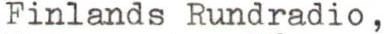
Finlands Rundradio ,